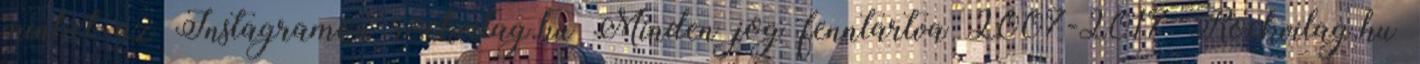
minket az Instagramon rockvilag.hu Minden jog fenntartva 2007-2017 Rockvilag.hu